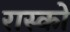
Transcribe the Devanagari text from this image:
रास्को